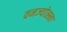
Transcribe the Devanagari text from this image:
वनज्योत्स्ना